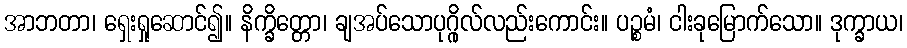
အာဘတာ၊ ရှေးရှုဆောင်၍။ နိက္ခိတ္တော၊ ချအပ်သောပုဂ္ဂိုလ်လည်းကောင်း။ ပဉ္စမံ၊ ငါးခုမြောက်သော။ ဒုက္ခာယ၊